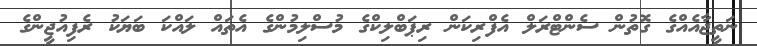
ނަތީޖާއެއްގެ ގޮތުން ސެންޓްރަލް އެފްރިކަން ރިޕަބްލިކްގެ މުސްލިމުންގެ އެތައް ލައްކަ ބަޔަކު ރެފިއުޖީންގެ